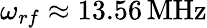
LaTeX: \omega_{rf}\approx 13.56\, \mathrm{MHz}